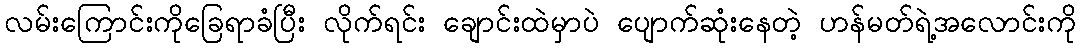
လမ်းကြောင်းကိုခြေရာခံပြီး လိုက်ရင်း ချောင်းထဲမှာပဲ ပျောက်ဆုံးနေတဲ့ ဟန်မတ်ရဲ့အလောင်းကို